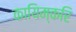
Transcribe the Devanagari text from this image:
कायिम्करि